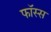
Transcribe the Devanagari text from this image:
फॉस्स